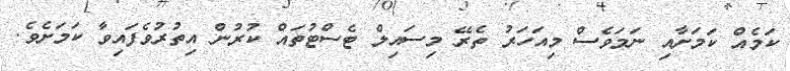
ކަމެއް ކަމަށާއި ނަމަވެސް މިއަހަރު ތެރޭ މިސައިލް ޓެސްޓުތައް ކުރުން އިތުރުވެފައިވާ ކަމަށެވެ.